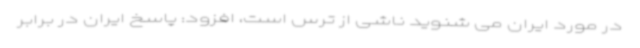
در مورد ایران می شنوید ناشی از ترس است، افزود: پاسخ ایران در برابر